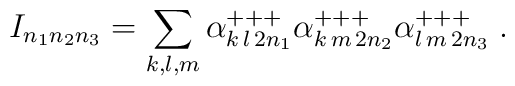
I_{n_1 n_2 n_3} = \sum_{k,l,m} \alpha^{+++}_{k\,l\,2n_1}\alpha^{+++}_{k\,m\,2n_2} \alpha^{+++}_{l\,m\,2n_3} \; .